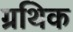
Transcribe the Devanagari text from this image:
ग्रथिक